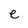
Character: e